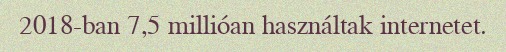
2018-ban 7,5 millióan használtak internetet.